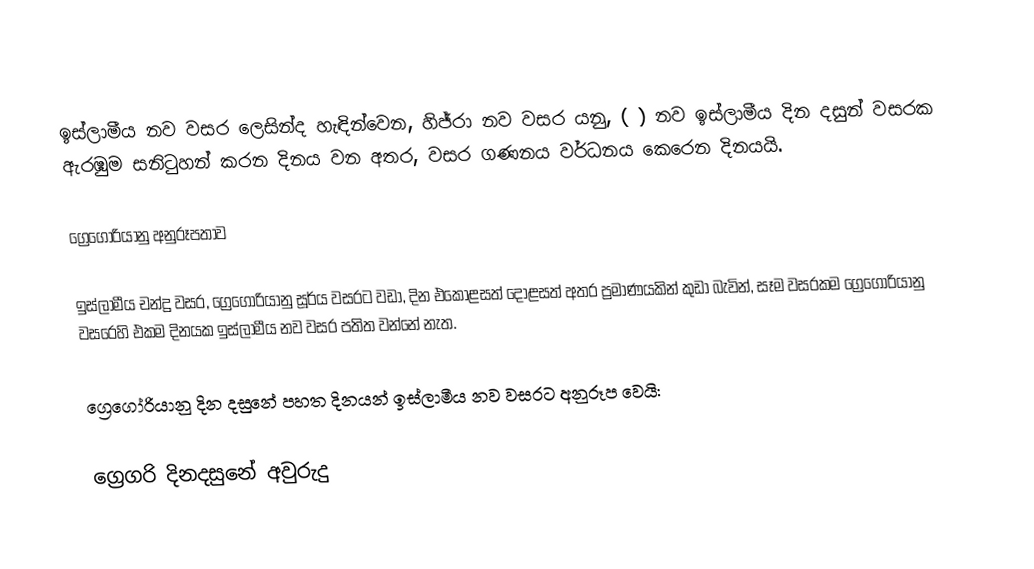
ඉස්ලාමීය නව වසර ලෙසින්ද හැඳින්වෙන,  හිජ්රා නව වසර යනු,  ( ) නව ඉස්ලාමීය දින දසුන් වසරක ඇරඹුම සනිටුහන් කරන දිනය වන අතර, වසර ගණනය වර්ධනය කෙරෙන දිනයයි.

ග්‍රෙගෝරියානු අනුරූපතාව

ඉස්ලාමීය චන්ද්‍ර වසර,  ග්‍රෙගෝරියානු සූර්ය වසරට වඩා, දින එකොළසත් දොළසත් අතර ප්‍රමාණයකින් කුඩා බැවින්, සෑම වසරකම ග්‍රෙගෝරියානු වසරෙහි එකම දිනයක ඉස්ලාමීය නව වසර පතිත වන්නේ නැත.

ග්‍රෙගෝරියානු දින දසුනේ පහත දිනයන් ඉස්ලාමීය නව වසරට අනුරූප වෙයි:

ග්‍රෙගරි දිනදසුනේ අවුරුදු